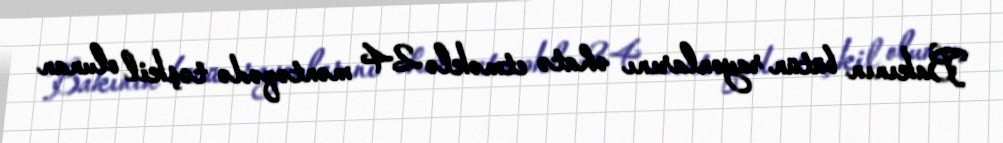
Bakının bütün rayonlarını əhatə etməklə 24 məntəqədə təşkil olunan